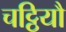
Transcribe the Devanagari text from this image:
चट्ठियौ